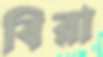
বিরা